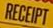
RECEIPT